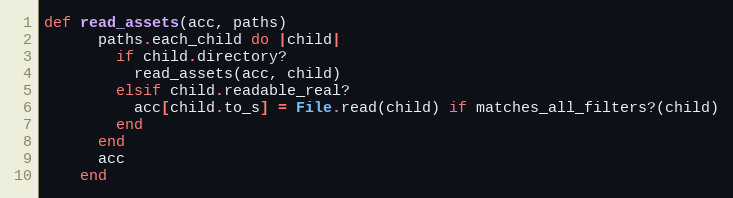
Language: Ruby
def read_assets(acc, paths)
      paths.each_child do |child|
        if child.directory?
          read_assets(acc, child)
        elsif child.readable_real?
          acc[child.to_s] = File.read(child) if matches_all_filters?(child)
        end
      end
      acc
    end